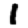
Digit: 1